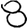
Digit: 8